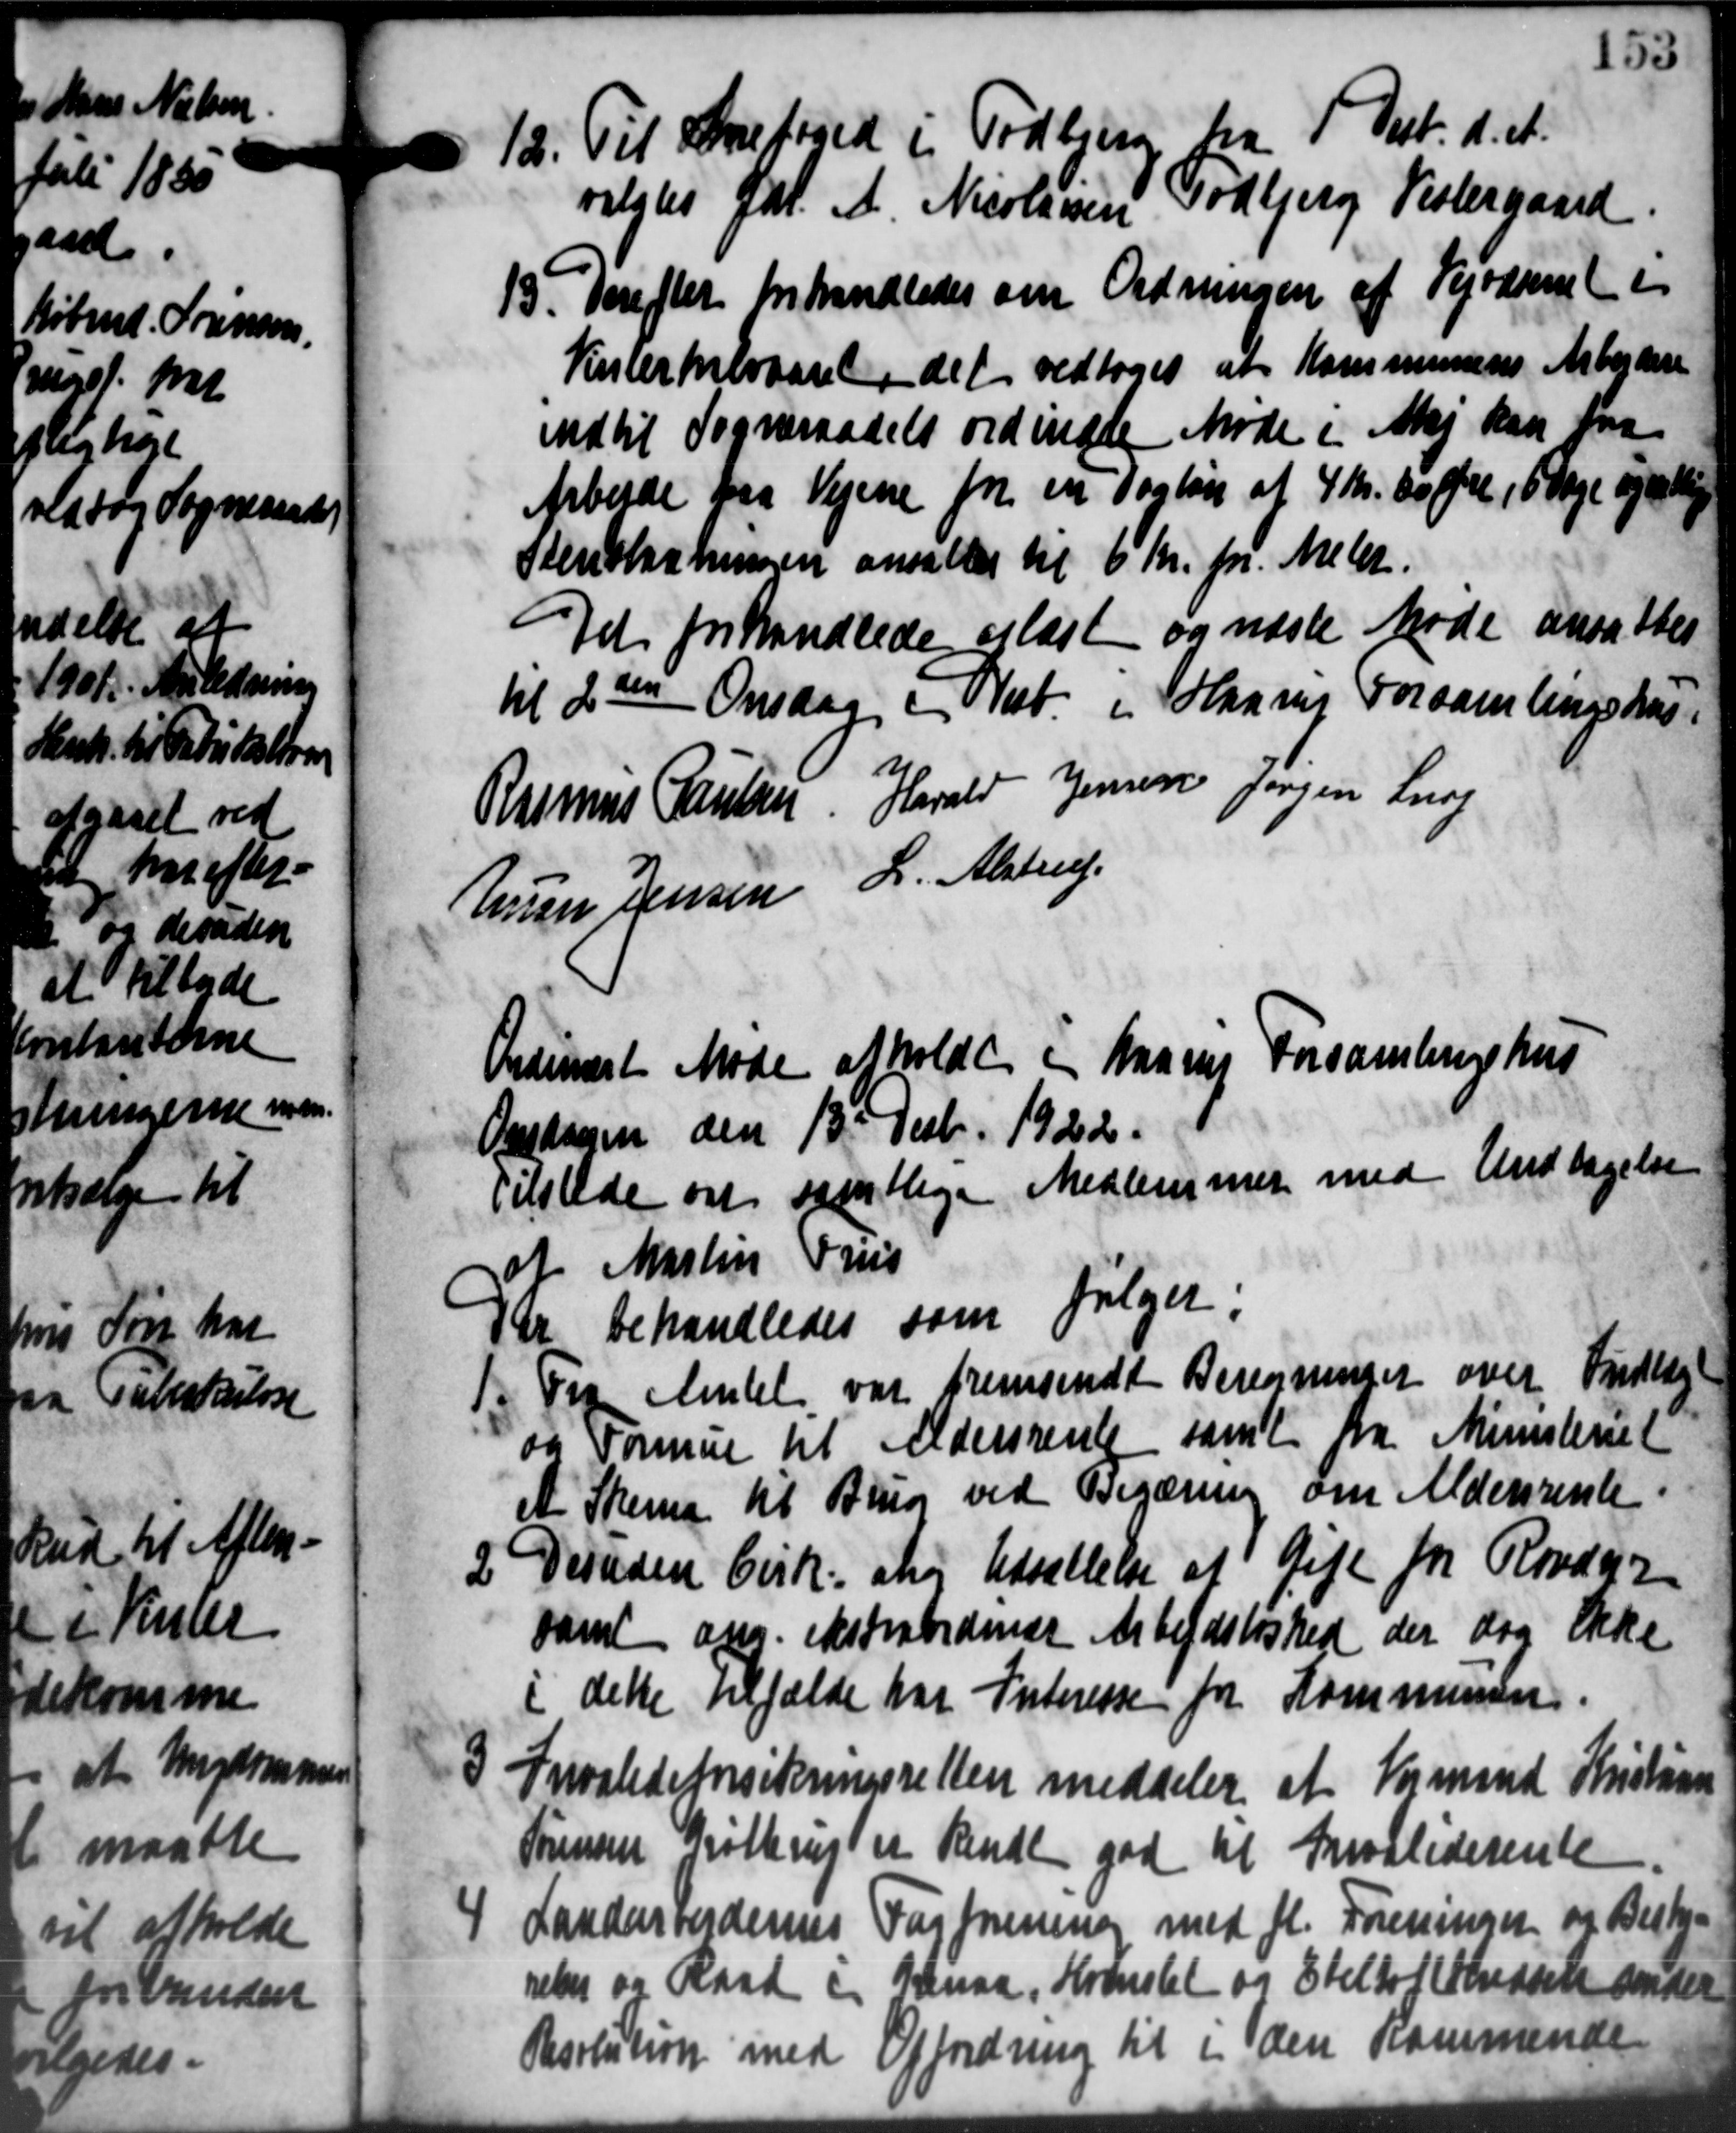
Transskription:
12. Til Snefoged i Todbjerg fra 1 Okt. d. A.
12. Til Snefoged i Todbjerg fra 1 Okt. d. A.
valgtes Gdr. A. Nicolaisen Todbjerg Kolergaard
13. Derefter behandledes om Ordningen af Vejvæsenet i
13. Derefter behandledes om Ordningen af Vejvæsenet i
Vaterhalvaaret det vedtoges at Kommunens Arbejdere
indtil Sogneraadets ordinære Møde i Maj kan faa
Arbejde paa Vejene for en Tagløn af 4 Kr. 00 Øre i 6 Dage og at
Stenslæsningen ansattes til 6 Kr. pr. Meter.
Det forhandlede afløst og næste Møde ansattes
til 2den Onsdag i Nat. i Haarup Forsamlingskass
Rasmus Paulsen Harald Jensen Jørgen Snog
Eren Jensen L. Alstrup
Ordinært Møde afholdt i Maarup Forsamlingshus
Onsdagen den 13de Decb. 1922.
Tilstede om samtlige Medlemmer med Undtagelse
af Martin Friis
Der behandledes som følger.
1. Fra Amtet var fremsendt Beregninger over Indtægt
1. Fra Amtet var fremsendt Beregninger over Indtægt
og Formue til Aldersrente samt fra Ministeriet
A Skema til Brug ved Begæring om Aldersrente
2 Desuden Cirk. at Udsættelse af Gift for Rander
2 Desuden Cirk. at Udsættelse af Gift for Rander
samt ang. ekstraordinær Arbejdsløshed der dog ikke
i dette tilfælde har Interesse for Kommunen.
3 Invalideforsikringsretten meddeler af Vejmand Kristian
3 Invalideforsikringsretten meddeler af Vejmand Kristian
Sørensen pitterigt er kendt god til Invaliderente

Landervejdernes Fagforening med fl. Foreningen og Bestyr
relser og Raad i Grenaa, Hornslet og Ebeltor Kredsen ander
Opfordring til i den kommende
Oksolution med